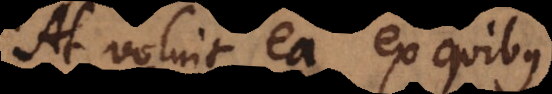
At voluit ea ex quibus